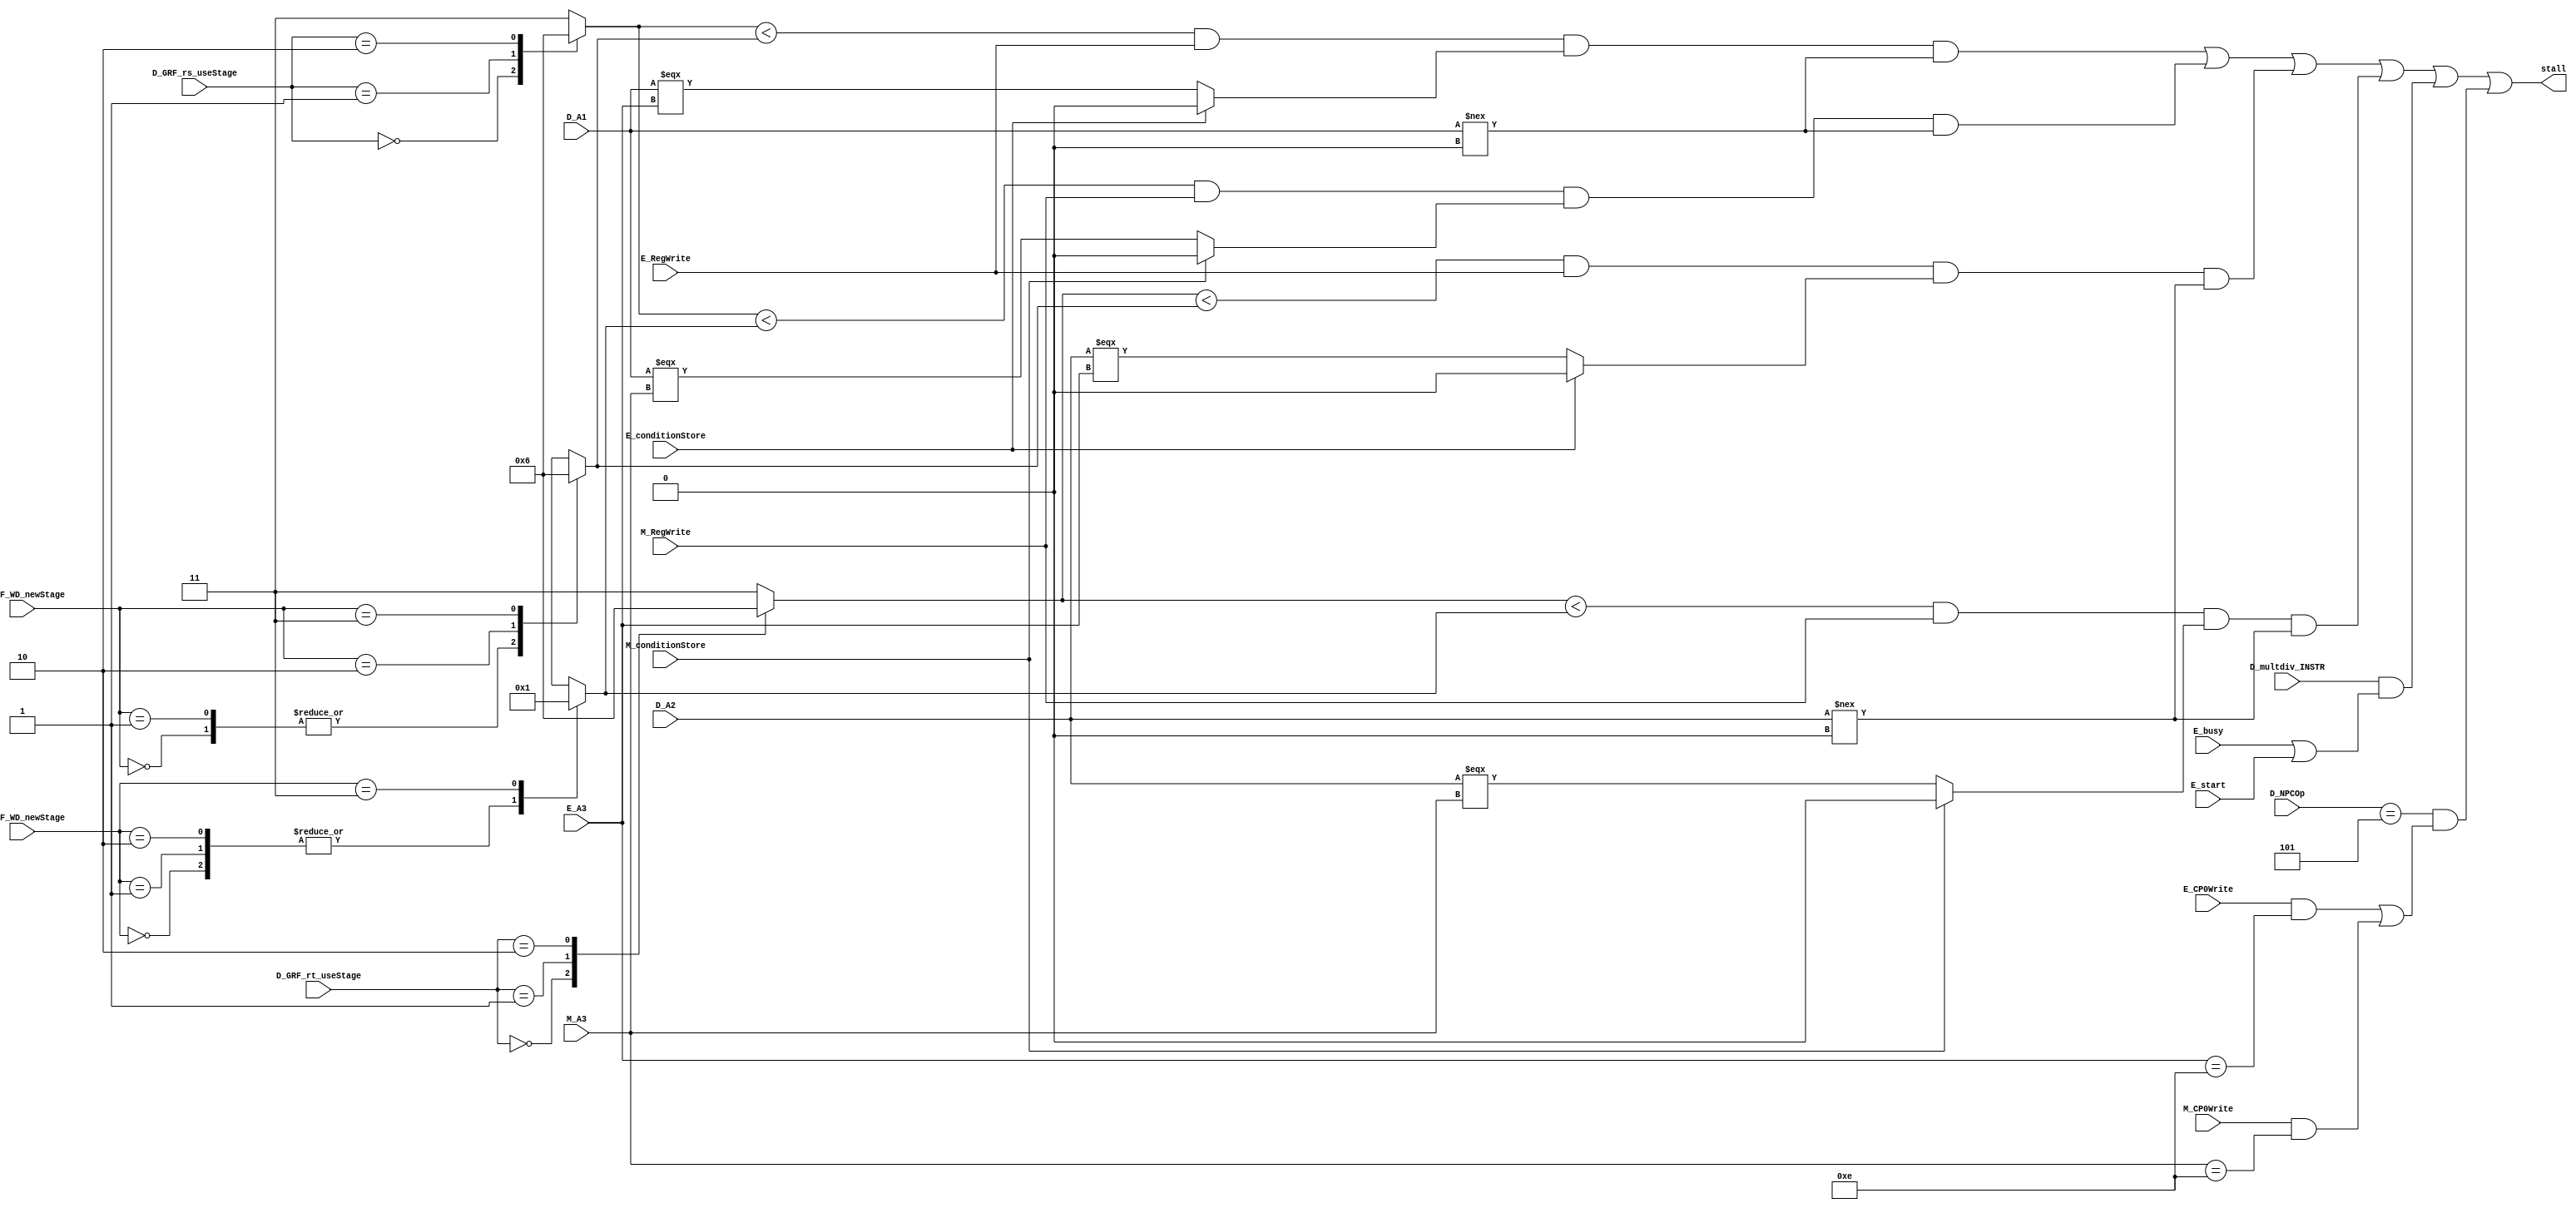
module STALLCONTROL(
    input [1:0] D_GRF_rs_useStage, 
    input [1:0] D_GRF_rt_useStage, 
    input [1:0] E_GRF_WD_newStage, 
    input [1:0] M_GRF_WD_newStage, 
    input E_conditionStore,
    input M_conditionStore,
	input [4:0] D_A1, 
    input [4:0] D_A2, 
    input D_multdiv_INSTR,
    input [2:0] D_NPCOp,
    input [4:0] E_A3, 
    input E_busy,
    input E_start,
    input E_RegWrite, 
    input E_CP0Write,
    input M_CP0Write,
    input [4:0] M_A3, 
    input M_RegWrite,
	output stall);

    parameter D_Stage = 2'b00, E_Stage = 2'b01, M_Stage = 2'b10, W_Stage = 2'b11, Non_Stage = 2'b11, EPC_NPC = 3'b101;

    wire stall_E_rs, stall_M_rs, stall_E_rt, stall_M_rt, stall_busy, stall_eret;
    reg [1:0] D_GRF_rs_Tuse, D_GRF_rt_Tuse, E_GRF_WD_Tnew, M_GRF_WD_Tnew;
	 
    assign stall = stall_E_rs | stall_M_rs | stall_E_rt | stall_M_rt | stall_busy | stall_eret;
    assign stall_E_rs = ((D_GRF_rs_Tuse < E_GRF_WD_Tnew) & E_RegWrite & (E_conditionStore ? 1'b0 :(D_A1 === E_A3)) & (D_A1 !== 5'h0));
    assign stall_M_rs = ((D_GRF_rs_Tuse < M_GRF_WD_Tnew) & M_RegWrite & (M_conditionStore ? 1'b0 :(D_A1 === M_A3)) & (D_A1 !== 5'h0));
    assign stall_E_rt = ((D_GRF_rt_Tuse < E_GRF_WD_Tnew) & E_RegWrite & (E_conditionStore ? 1'b0 :(D_A2 === E_A3)) & (D_A2 !== 5'h0));
    assign stall_M_rt = ((D_GRF_rt_Tuse < M_GRF_WD_Tnew) & M_RegWrite & (M_conditionStore ? 1'b0 :(D_A2 === M_A3)) & (D_A2 !== 5'h0));
    assign stall_busy = D_multdiv_INSTR & (E_busy | E_start);
    assign stall_eret = (D_NPCOp == EPC_NPC) & ((E_CP0Write && E_A3 == 5'd14) || (M_CP0Write && M_A3 == 5'd14));
    

    always @(*) begin
       case (D_GRF_rs_useStage)
           D_Stage: D_GRF_rs_Tuse = 0;
           E_Stage: D_GRF_rs_Tuse = 1;
           M_Stage: D_GRF_rs_Tuse = 2;
           default: D_GRF_rs_Tuse = 3;
       endcase 
    end

    always @(*) begin
       case (D_GRF_rt_useStage)
           D_Stage: D_GRF_rt_Tuse = 0;
           E_Stage: D_GRF_rt_Tuse = 1;
           M_Stage: D_GRF_rt_Tuse = 2;
           default: D_GRF_rt_Tuse = 3;
       endcase 
    end

    always @(*) begin
       case (E_GRF_WD_newStage)
           D_Stage: E_GRF_WD_Tnew = 0;
           E_Stage: E_GRF_WD_Tnew = 0;
           M_Stage: E_GRF_WD_Tnew = 1;
           W_Stage: E_GRF_WD_Tnew = 2;
       endcase 
    end

    always @(*) begin
       case (M_GRF_WD_newStage)
           D_Stage: M_GRF_WD_Tnew = 0;
           E_Stage: M_GRF_WD_Tnew = 0;
           M_Stage: M_GRF_WD_Tnew = 0;
           W_Stage: M_GRF_WD_Tnew = 1;
       endcase 
    end

    
endmodule